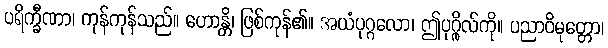
ပရိက္ခီဏာ၊ ကုန်ကုန်သည်။ ဟောန္တိ၊ ဖြစ်ကုန်၏။ အယံပုဂ္ဂလော၊ ဤပုဂ္ဂိုလ်ကို။ ပညာဝိမုတ္တော၊